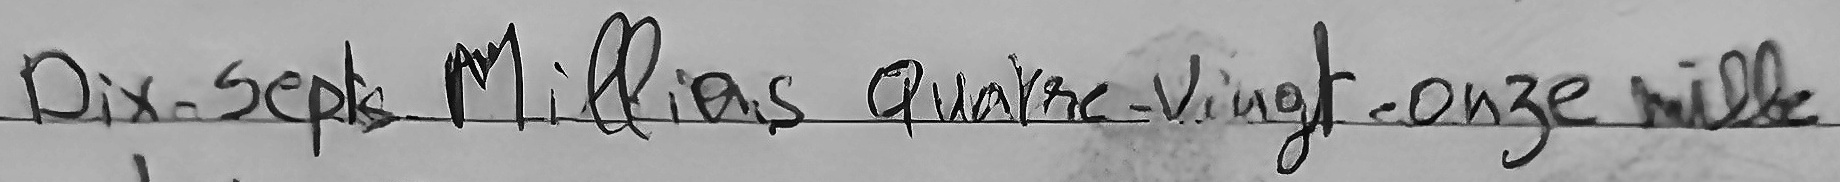
Dix-Sept Millions Quatre-Vingt-onze mille